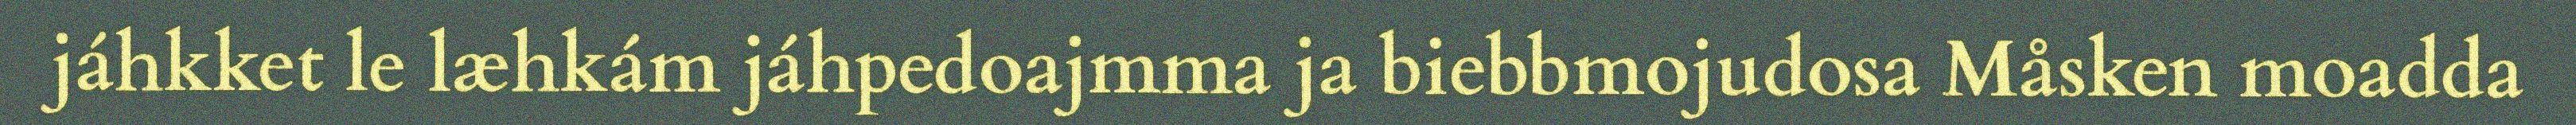
jáhkket le læhkám jáhpedoajmma ja biebbmojudosa Måsken moadda